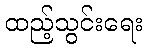
ထည့်သွင်းရေး